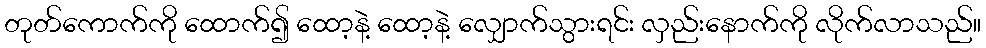
တုတ်ကောက်ကို ထောက်၍ ထော့နဲ့ ထော့နဲ့ လျှောက်သွားရင်း လှည်းနောက်ကို လိုက်လာသည်။